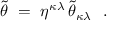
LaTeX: \tilde { \theta } ~ = ~ \eta ^ { \kappa \lambda } \, \tilde { \theta } _ { \kappa \lambda } ~ ~ .